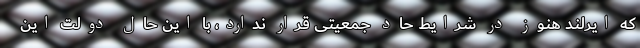
که ایرلند هنوز در شرایط حاد جمعیتی قرار ندارد، با این حال دولت این